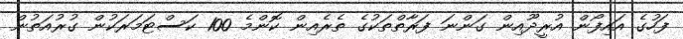
ފަހުގެ އައިފޯން އުރީދޫއިން ގަންނަ ފަރާތްތަކުގެ ތެރެއިން ކޮންމެ 100 ކަސްޓަމަރަކުން ގުރުއަތުން